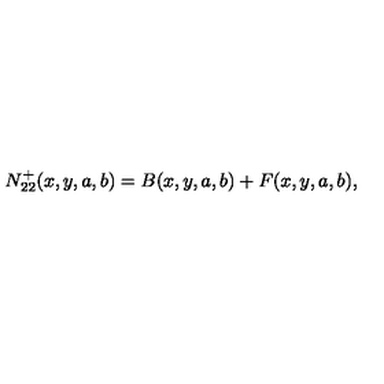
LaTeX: N _ { 2 2 } ^ { + } ( x , y , a , b ) = B ( x , y , a , b ) + F ( x , y , a , b ) ,